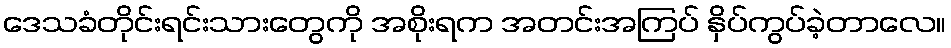
ဒေသခံတိုင်းရင်းသားတွေကို အစိုးရက အတင်းအကြပ် နှိပ်ကွပ်ခဲ့တာလေ။